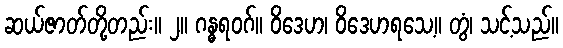
ဆယ်ဇာတ်တို့တည်း။ ၂။ ဂန္ဓရဝဂ်။ ဝိဒေဟ၊ ဝိဒေဟရသေ့။ တွံ၊ သင့်သည်။